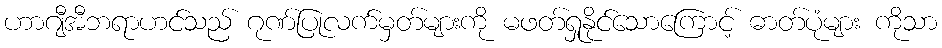
ဟာဂျီအီဘရာဟင်သည် ဂုဏ်ပြုလက်မှတ်များကို မဖတ်ရှုနိုင်သောကြောင့် ဓာတ်ပုံများ ကိုသာ